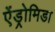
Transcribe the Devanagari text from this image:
ऐंड्रोमिडा